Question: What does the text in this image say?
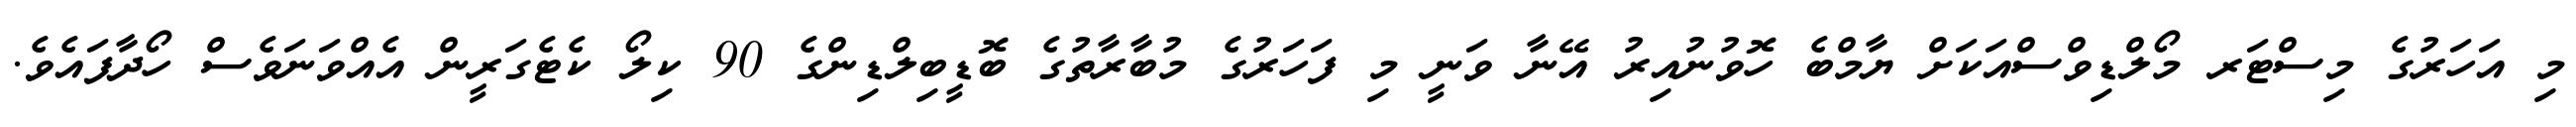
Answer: މި އަހަރުގެ މިސްޓަރ މޯލްޑިވްސްއަކަށް ޔާމްބެ ހޮވުނުއިރު އޭނާ ވަނީ މި ފަހަރުގެ މުބާރާތުގެ ބޮޑީބިލްޑިންގެ 90 ކިލޯ ކެޓެގަރީން އެއްވަނަވެސް ހޯދާފައެވެ.